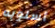
أسلوبه